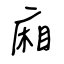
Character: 廂